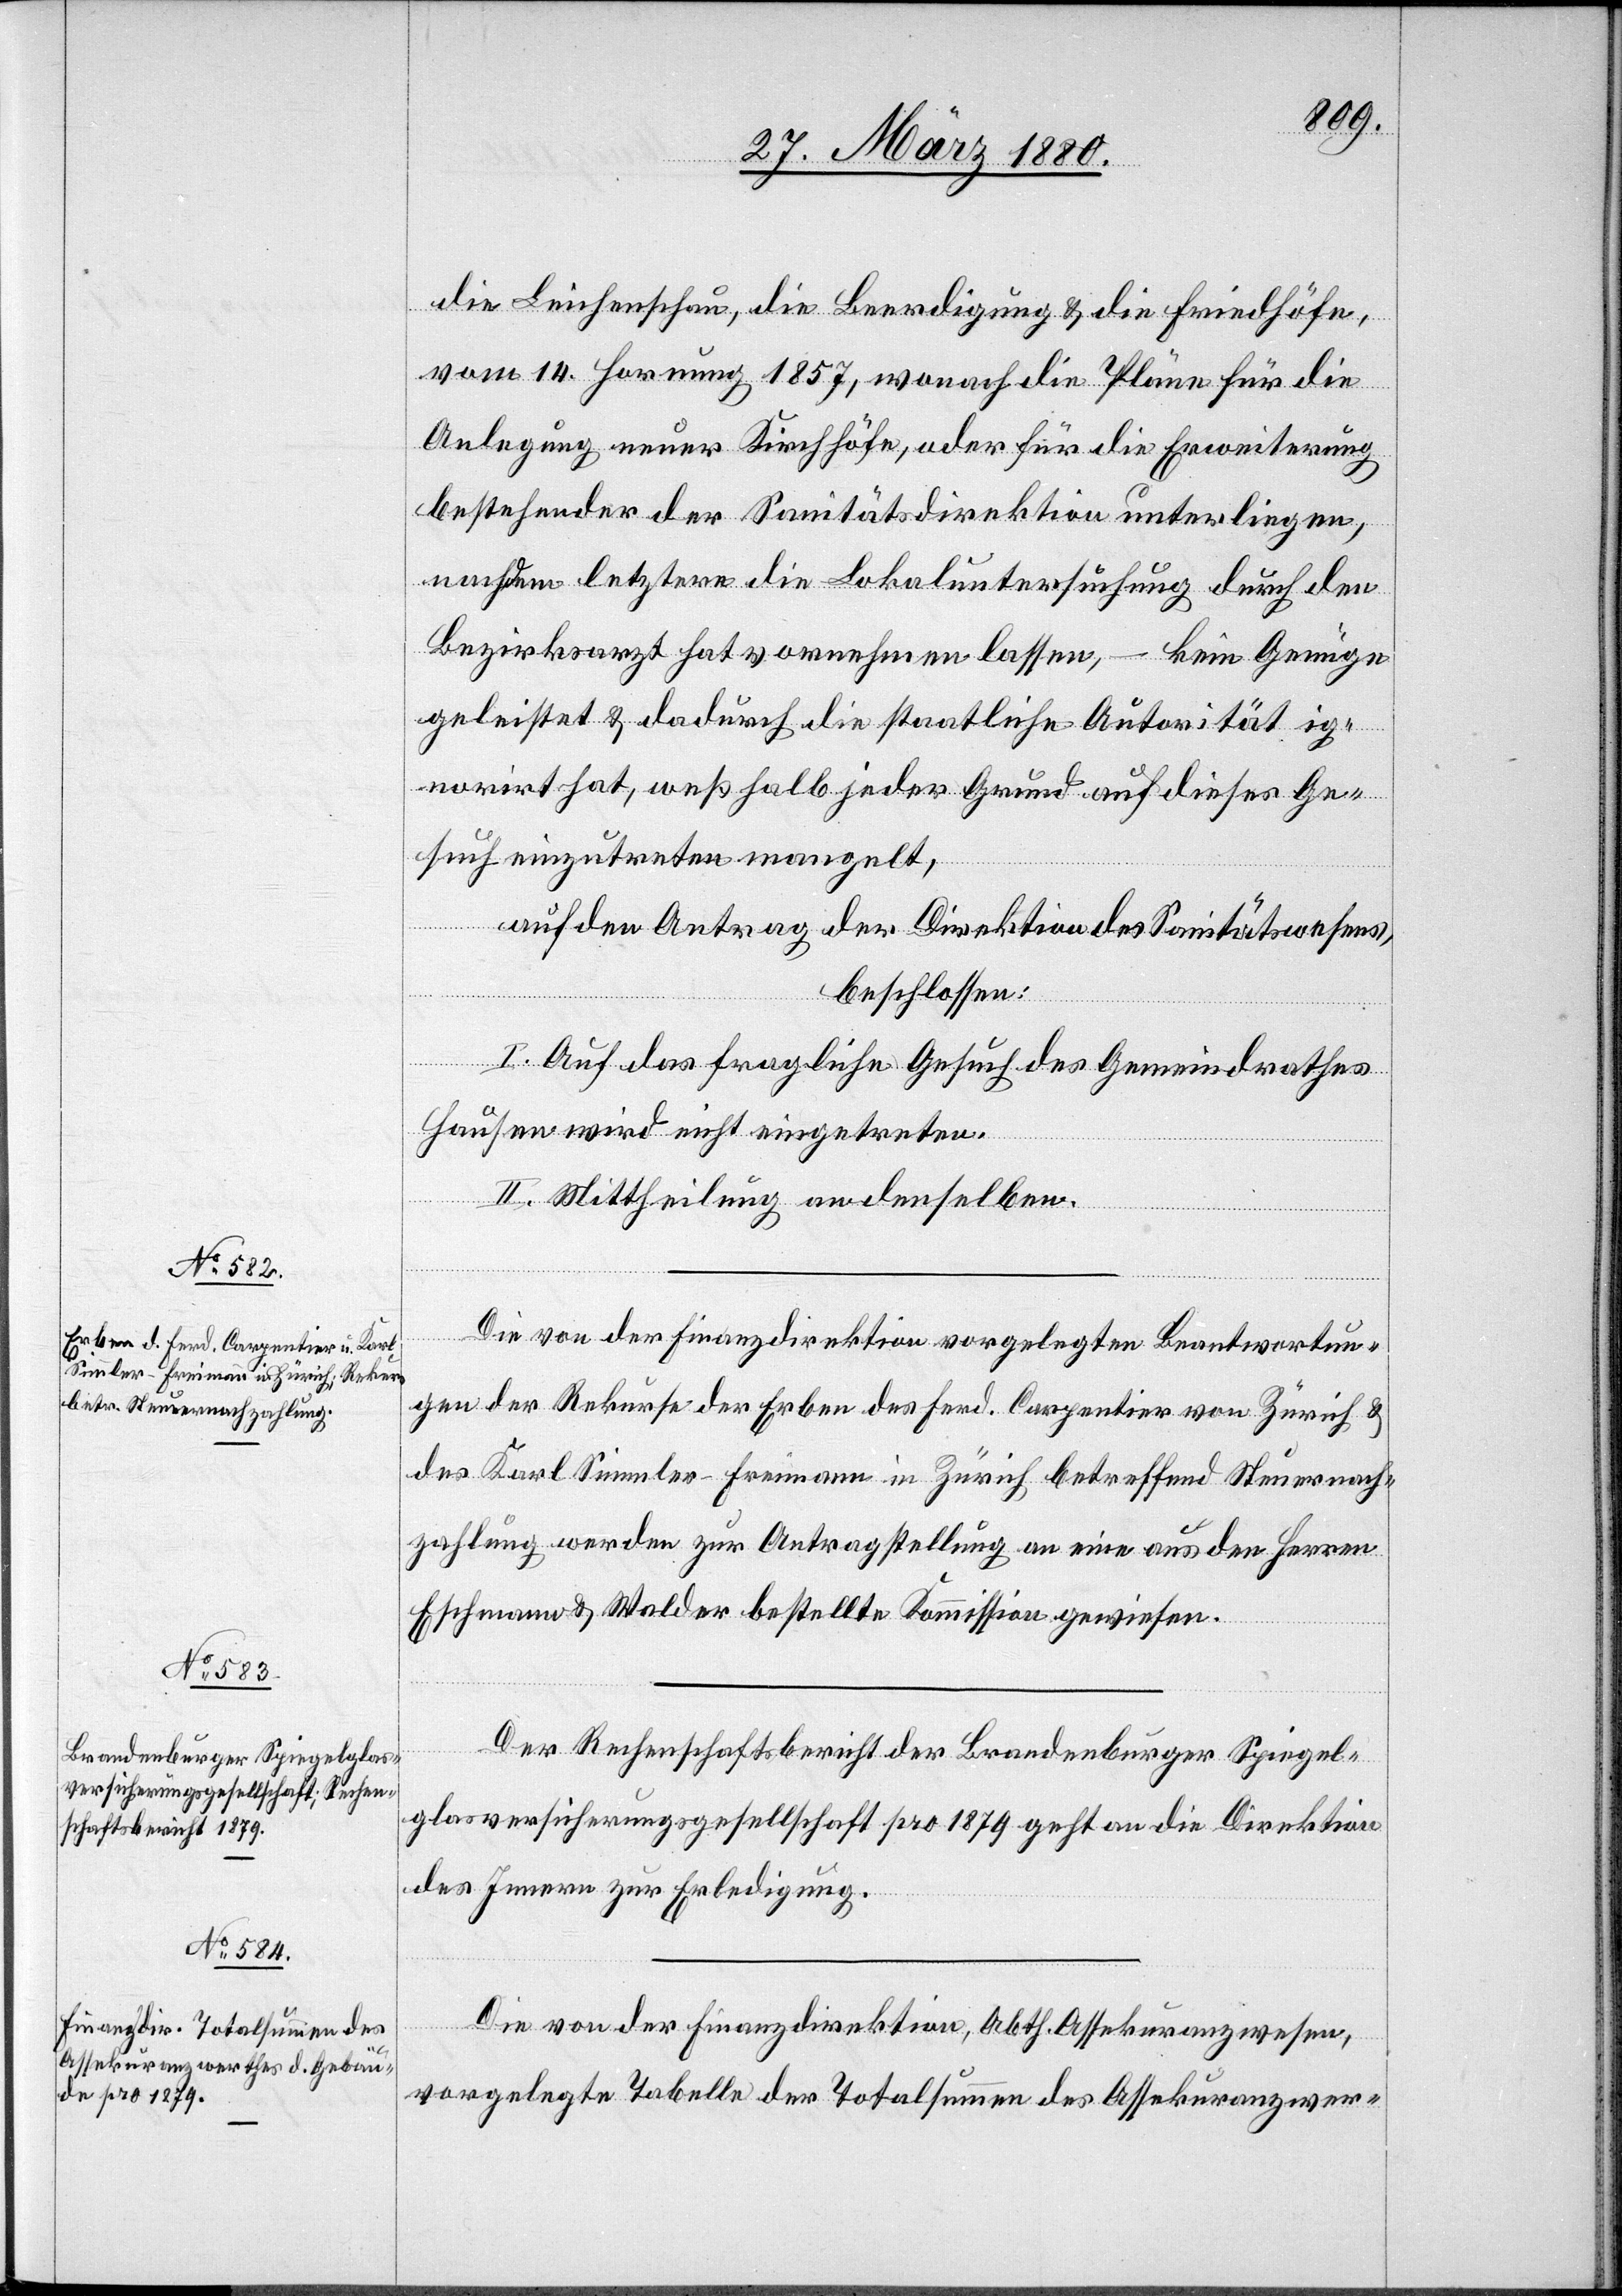
die Leichenschau, die Beerdigung & die Friedhöfe,
vom 14. Hornung 1857, wonach die Pläne für die
Anlegung neuer Kirchhöfe, oder für die Erweiterung
bestehender der Sanitätsdirektion unterliegen,
nachdem letztere die Lokaluntersuchung durch den
Bezirksarzt hat vornehmen lassen, – kein Genüge
geleistet & dadurch die staatliche Autorität ig¬
norirt hat, weßhalb jeder Grund auf dieses Ge¬
such einzutreten mangelt,
auf den Antrag der Direktion des Sanitätswesens,
beschlossen:
I. Auf das fragliche Gesuch des Gemeindrathes
Hausen wird nicht eingetreten.
II. Mittheilung an denselben.
Die von der Finanzdirektion vorgelegten Beantwortun¬
gen der Rekurse der Erben des Ferd. Carpentier von Zürich &
des Karl Simmler-Freimann in Zürich betreffend Steuernach¬
zahlung werden zur Antragstellung an eine aus den Herren
Eschmann & Walder bestellte Kommission gewiesen.
Der Rechenschaftsbericht der Brandenburger Spiegel¬
glasversicherungsgesellschaft pro 1879 geht an die Direktion
des Innern zur Erledigung.
Die von der Finanzdirektion, Abth. Assekuranzwesen,
vorgelegte Tabelle der Totalsumme des Assekuranzwer-